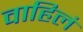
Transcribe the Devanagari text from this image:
वाहिलं